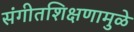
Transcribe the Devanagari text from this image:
संगीतशिक्षणामुळे